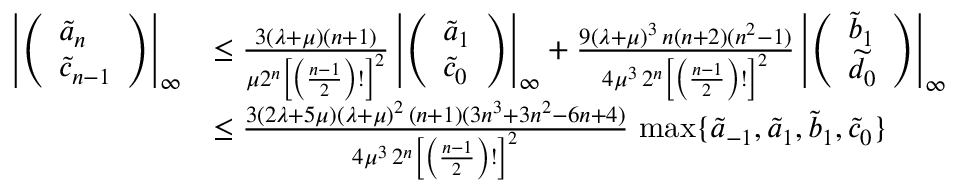
\begin{array} { r l } { \left| \left( \begin{array} { l } { \widetilde a _ { n } } \\ { \widetilde c _ { n - 1 } } \end{array} \right) \right| _ { \infty } } & { \le \frac { 3 ( \lambda + \mu ) ( n + 1 ) } { \mu 2 ^ { n } \left[ \left( \frac { n - 1 } 2 \right) ! \right] ^ { 2 } } \left| \left( \begin{array} { l } { \widetilde a _ { 1 } } \\ { \widetilde c _ { 0 } } \end{array} \right) \right| _ { \infty } + \frac { 9 ( \lambda + \mu ) ^ { 3 } \, n ( n + 2 ) ( n ^ { 2 } - 1 ) } { 4 \mu ^ { 3 } \, 2 ^ { n } \left[ \left( \frac { n - 1 } { 2 } \right) ! \right] ^ { 2 } } \left| \left( \begin{array} { l } { \widetilde b _ { 1 } } \\ { \widetilde d _ { 0 } } \end{array} \right) \right| _ { \infty } } \\ & { \le \frac { 3 ( 2 \lambda + 5 \mu ) ( \lambda + \mu ) ^ { 2 } \, ( n + 1 ) ( 3 n ^ { 3 } + 3 n ^ { 2 } - 6 n + 4 ) } { 4 \mu ^ { 3 } \, 2 ^ { n } \left[ \left( \frac { n - 1 } { 2 } \right) ! \right] ^ { 2 } } \, \operatorname* { m a x } \{ \widetilde a _ { - 1 } , \widetilde a _ { 1 } , \widetilde b _ { 1 } , \widetilde c _ { 0 } \} } \end{array}